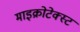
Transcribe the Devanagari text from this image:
माइक्रोटेक्स्ट